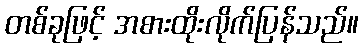
တစ်ခုဖြင့် အစားထိုးလိုက်ပြန်သည်။